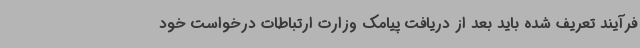
فرآیند تعریف شده باید بعد از دریافت پیامک وزارت ارتباطات درخواست خود